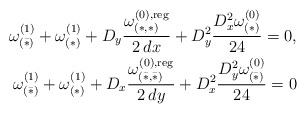
\begin{align*}\omega^{(1)}_{(\bar \ast)}+\omega^{(1)}_{(\ast)}+D_y\frac{\omega^{(0),{\rm reg}}_{(\ast,\ast)}}{2\,dx}+D_y^2\frac{D_x^2\omega^{(0)}_{(\ast)}}{24}=0,\\\omega^{(1)}_{(\bar\ast)}+\omega^{(1)}_{(\ast)}+D_x\frac{\omega^{(0),{\rm reg}}_{(\bar\ast,\bar\ast)}}{2\,dy}+D_x^2\frac{D_y^2\omega^{(0)}_{(\bar\ast)}}{24}=0\end{align*}